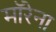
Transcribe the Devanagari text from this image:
माॅरेना